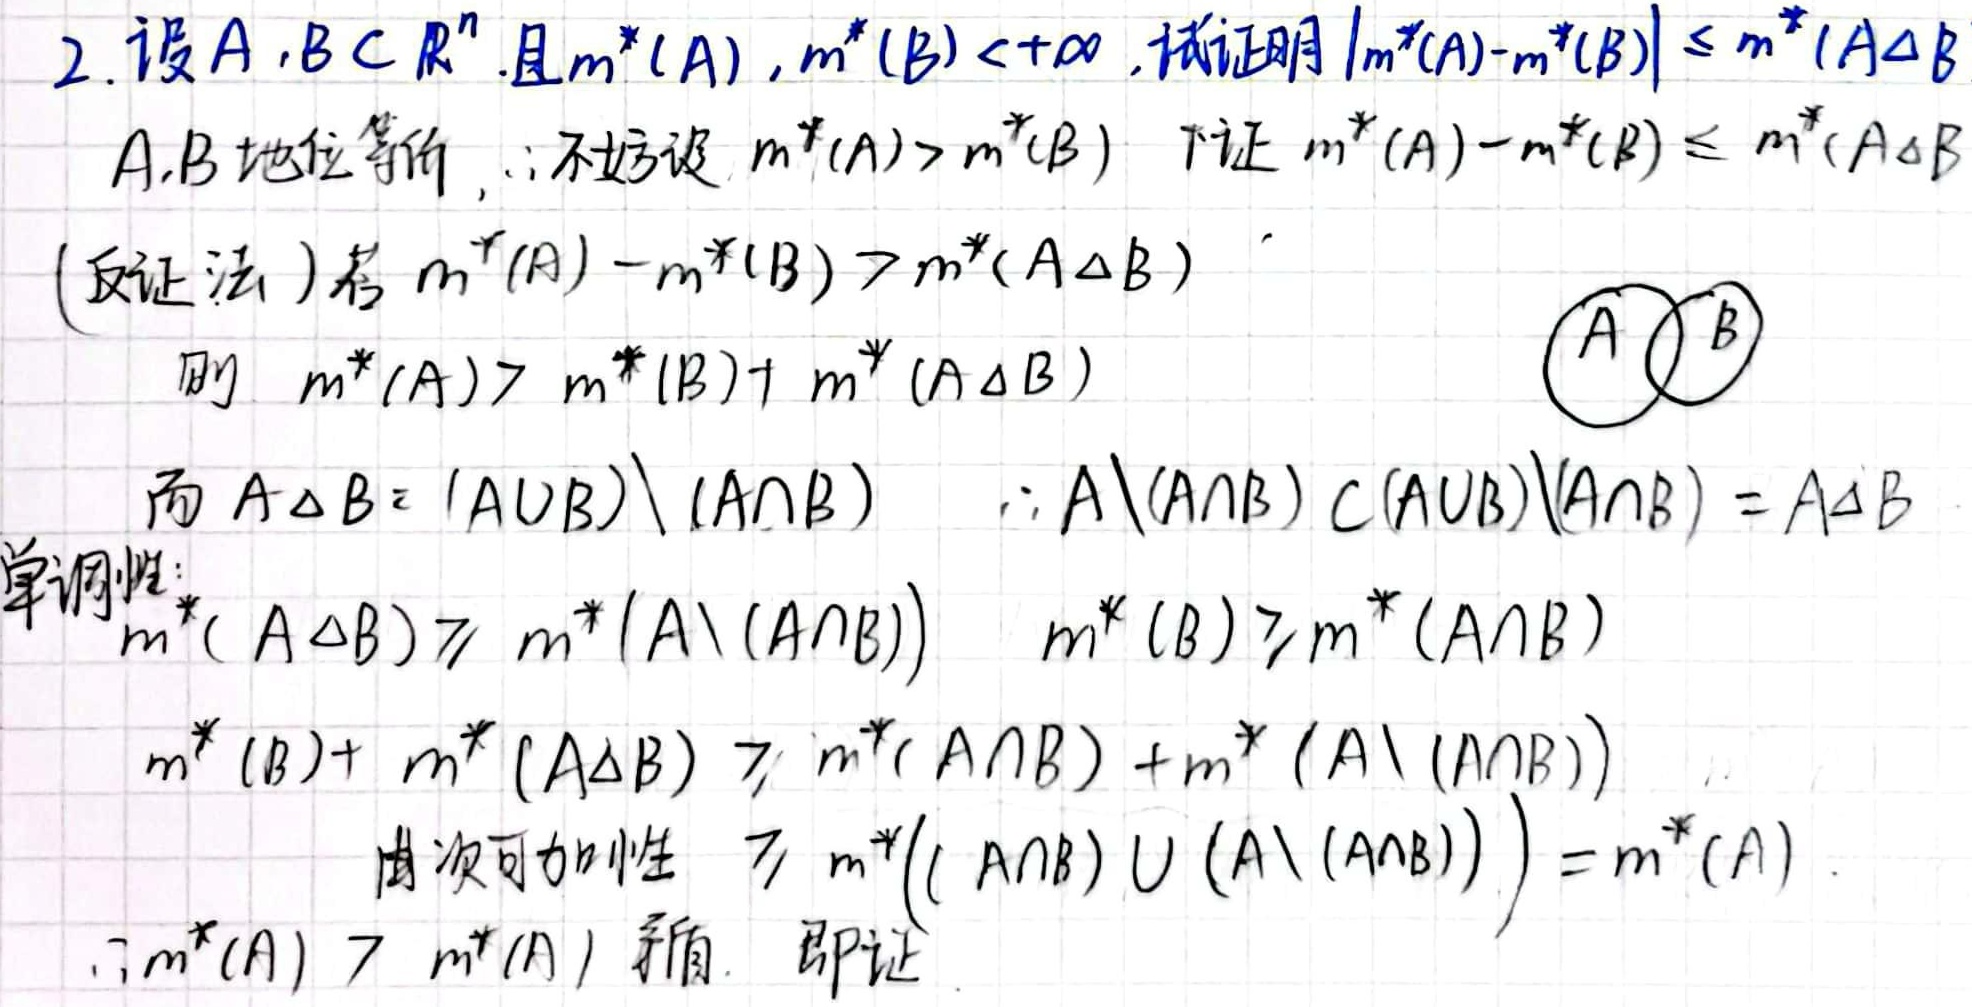
2. 设$A,B\subset\mathbb{R}^n$, 且$m^*(A),m^*(B)<+\infty$, 试证明$|m^*(A)-m^*(B)|\leq m^*(A\Delta B)$

$A,B$地位等价, $\therefore$不妨设$m^*(A)>m^*(B)$ 下证$m^*(A)-m^*(B)\leq m^*(A\Delta B)$

(反证法) 若$m^*(A)-m^*(B)>m^*(A\Delta B)$

则$m^*(A)>m^*(B)+m^*(A\Delta B)$

而$A\Delta B=(A\cup B)\setminus(A\cap B)$ $\because A\setminus(A\cap B)\subset(A\cup B)\setminus(A\cap B)=A\Delta B$

单调性:
$m^*(A\Delta B)\geq m^*(A\setminus(A\cap B))$ $m^*(B)\geq m^*(A\cap B)$

$m^*(B)+m^*(A\Delta B)\geq m^*(A\cap B)+m^*(A\setminus(A\cap B))$

由次可加性 $\geq m^*((A\cap B)\cup(A\setminus(A\cap B)))=m^*(A)$

$\therefore m^*(A)>m^*(A)$ 矛盾. 即证